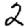
Digit: 2